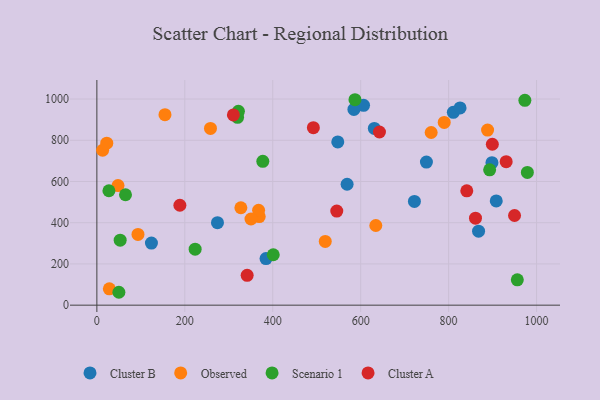
{"axis": {"x": "Ad Spend", "y": "Salary"}, "legend": ["Cluster A", "Cluster B", "Observed", "Scenario 1"], "data": [{"x": "898.5", "y": 691.2, "type": "Cluster B"}, {"x": "124.1", "y": 301.1, "type": "Cluster B"}, {"x": "631.0", "y": 857.4, "type": "Cluster B"}, {"x": "749.5", "y": 694.0, "type": "Cluster B"}, {"x": "810.7", "y": 935.4, "type": "Cluster B"}, {"x": "384.7", "y": 225.9, "type": "Cluster B"}, {"x": "908.3", "y": 505.8, "type": "Cluster B"}, {"x": "606.5", "y": 969.7, "type": "Cluster B"}, {"x": "826.0", "y": 957.0, "type": "Cluster B"}, {"x": "569.1", "y": 586.5, "type": "Cluster B"}, {"x": "547.9", "y": 791.9, "type": "Cluster B"}, {"x": "584.6", "y": 949.5, "type": "Cluster B"}, {"x": "274.3", "y": 400.0, "type": "Cluster B"}, {"x": "722.2", "y": 503.1, "type": "Cluster B"}, {"x": "868.1", "y": 359.1, "type": "Cluster B"}, {"x": "790.0", "y": 886.8, "type": "Observed"}, {"x": "327.5", "y": 472.6, "type": "Observed"}, {"x": "28.4", "y": 79.0, "type": "Observed"}, {"x": "154.9", "y": 924.0, "type": "Observed"}, {"x": "48.1", "y": 580.2, "type": "Observed"}, {"x": "13.1", "y": 751.5, "type": "Observed"}, {"x": "634.4", "y": 386.5, "type": "Observed"}, {"x": "93.5", "y": 343.2, "type": "Observed"}, {"x": "519.4", "y": 309.2, "type": "Observed"}, {"x": "888.6", "y": 849.3, "type": "Observed"}, {"x": "258.4", "y": 857.4, "type": "Observed"}, {"x": "369.2", "y": 429.9, "type": "Observed"}, {"x": "760.3", "y": 837.8, "type": "Observed"}, {"x": "22.5", "y": 785.7, "type": "Observed"}, {"x": "367.8", "y": 460.4, "type": "Observed"}, {"x": "350.5", "y": 417.9, "type": "Observed"}, {"x": "320.0", "y": 911.4, "type": "Scenario 1"}, {"x": "401.2", "y": 244.5, "type": "Scenario 1"}, {"x": "956.2", "y": 123.0, "type": "Scenario 1"}, {"x": "27.4", "y": 555.1, "type": "Scenario 1"}, {"x": "223.5", "y": 271.5, "type": "Scenario 1"}, {"x": "53.0", "y": 315.1, "type": "Scenario 1"}, {"x": "377.4", "y": 697.6, "type": "Scenario 1"}, {"x": "321.9", "y": 940.6, "type": "Scenario 1"}, {"x": "50.1", "y": 62.5, "type": "Scenario 1"}, {"x": "65.1", "y": 535.6, "type": "Scenario 1"}, {"x": "587.0", "y": 996.7, "type": "Scenario 1"}, {"x": "893.3", "y": 656.5, "type": "Scenario 1"}, {"x": "979.1", "y": 643.8, "type": "Scenario 1"}, {"x": "973.4", "y": 993.8, "type": "Scenario 1"}, {"x": "545.6", "y": 456.7, "type": "Cluster A"}, {"x": "841.3", "y": 554.7, "type": "Cluster A"}, {"x": "341.8", "y": 144.6, "type": "Cluster A"}, {"x": "899.4", "y": 780.6, "type": "Cluster A"}, {"x": "861.1", "y": 422.0, "type": "Cluster A"}, {"x": "492.4", "y": 861.0, "type": "Cluster A"}, {"x": "949.9", "y": 434.9, "type": "Cluster A"}, {"x": "188.8", "y": 484.8, "type": "Cluster A"}, {"x": "642.7", "y": 840.0, "type": "Cluster A"}, {"x": "930.9", "y": 696.1, "type": "Cluster A"}, {"x": "310.5", "y": 923.1, "type": "Cluster A"}]}